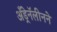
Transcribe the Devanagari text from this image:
अँड्रेनॅलीनने